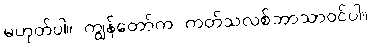
မဟုတ်ပါ။ ကျွန်တော်က ကတ်သလစ်ဘာသာဝင်ပါ။